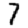
Digit: 7